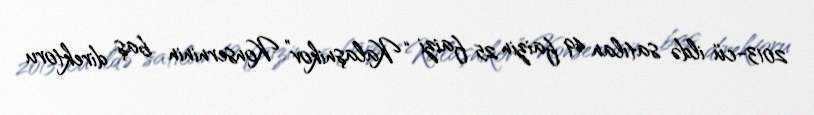
2013-cü ildə satılan 49 faizin 25 faizi “Kalaşnikov” Konserninin baş direktoru